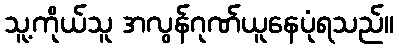
သူ့ကိုယ်သူ အလွန်ဂုဏ်ယူနေပုံရသည်။